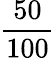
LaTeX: \frac{50}{100}